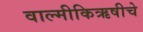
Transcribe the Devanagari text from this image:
वाल्मीकिऋषीचे